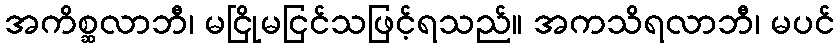
အကိစ္ဆလာဘီ၊ မငြိုမငြင်သဖြင့်ရသည်။ အကသိရလာဘီ၊ မပင်